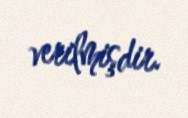
verilmişdir.